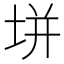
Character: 垪